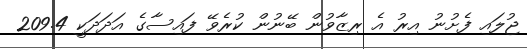
ޖުލައި ފެށުނު އިރު އެ ރިޒާވުން ބޭނުން ކުރެވޭ ފައިސާގެ އަދަދަކީ 209.4